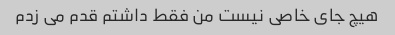
هیچ جای خاصی نیست من فقط داشتم قدم می زدم